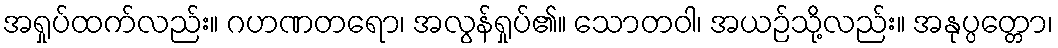
အရှုပ်ထက်လည်း။ ဂဟဏတရော၊ အလွန်ရှုပ်၏။ သောတဝါ၊ အယဉ်သို့လည်း။ အနုပ္ပတ္တော၊